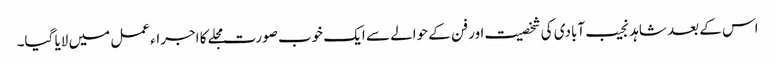
اس کے بعد شاہد نجیب آبادی کی شخصیت اور فن کے حوالے سے ایک خوب صورت مجلے کا اجراء عمل میں لایا گیا۔